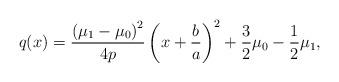
LaTeX: \begin{align*}q(x)={\left(\mu_1-\mu_0\right)^2\over 4p}\left(x+{b\over a}\right)^2+{3\over 2}\mu_0 - {1\over 2}\mu_1,\end{align*}